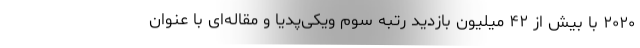
۲۰۲۰ با بیش از ۴۲ میلیون بازدید رتبه سوم ویکی‌پدیا و مقاله‌ای با عنوان